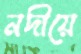
নদীয়ে